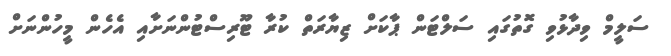
ސަލީމް ވިދާޅުވި ގޮތުގައި ސަލްޓަން ޕާކަށް ޒިޔާރަތް ކުރާ ޓޫރިސްޓުންނަށާއި އެހެެން މީހުންނަށް